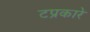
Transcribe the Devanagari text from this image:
टप्रकारे